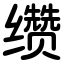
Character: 缵